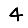
Digit: 4